Vaccination report Assam 1896-1927 - 1896-1927
Year: 1896
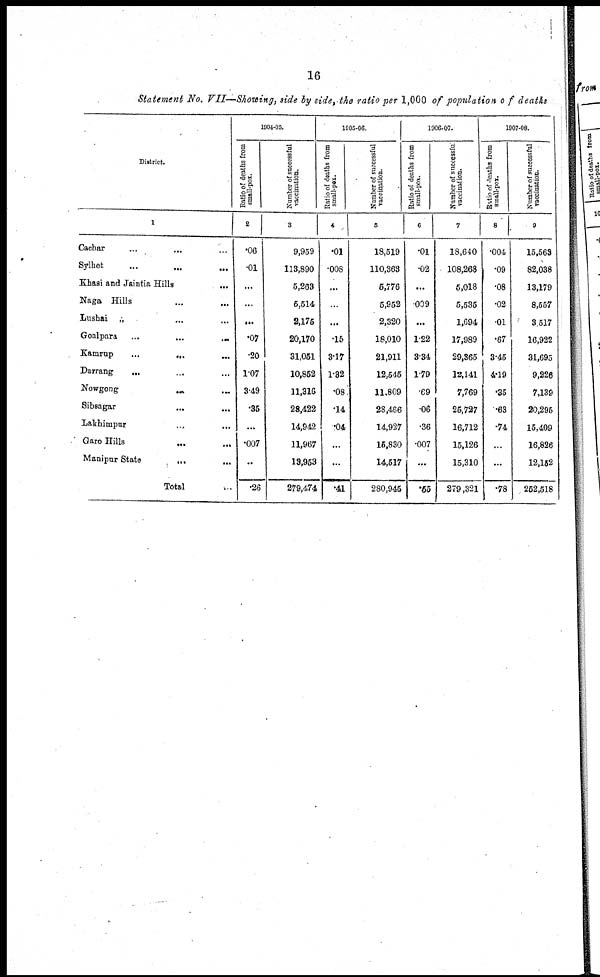
16
Statement No. VII—Showing, side by side, the ratio per 1,000 of population of deaths
District.
1
Cachar ... ... ...
Sylhet
...
...
...
Khasi and Jaintia Hills ...
Naga Hills ... ...
Lushai „ ... ...
Goalpara
...
...
...
Kamrup ... ... ...
Darrang ... ... ...
Nowgong ... ... ...
Sibsagar
...
...
Lakhimpur
...
...
Garo Hills ... ... ...
Manipur State
... ...
Total ...
1904-05.
Ratio of deaths from
small-pox.
2
.06
.01
...
...
...
.07
.20
1.07
3.49
.35
...
.007
...
.26
Number of successful
vaccination.
3
9,959
113,890
5,263
5,514
2,175
20,170
31,051
10,852
11,316
28,422
14,942
11,967
19,953
279,474
1905-06.
Ratio of deaths from
small-pox.
4
.01
.008
...
..
...
.15
3.17
1.32
.08
.14
.04
...
...
.41
Number of successful
vaccination.
5
18,519
110,363
5,776
5,952
2,320
18,010
21,911
12,545
11,809
28,466
14,927
15,830
14,517
280,945
1906-07.
Ratio of deaths from
small-pox.
6
.01
.02
...
.009
...
1.22
3.34
1.79
.69
.06
.36
.007
...
.55
Number of successful
vaccination.
7
18,640
108,268
5,018
5,535
1,694
17,989
29,365
12,141
7,769
25,727
16,712
15,126
15,310
279,321
1907-08.
Ratio of deaths from
small-pox.
8
.004
.09
.08
.02
.01
.67
3.45
4.19
.35
.63
.74
...
...
.78
Number of successful
vaccination.
9
15,563
82,038
13,179
8,557
3,517
16,922
31,695
9,226
7,139
20,295
15,409
16,826
12,152
252,518